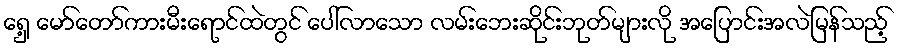
ရှေ့ မော်တော်ကားမီးရောင်ထဲတွင် ပေါ်လာသော လမ်းဘေးဆိုင်းဘုတ်များလို အပြောင်းအလဲမြန်သည့်